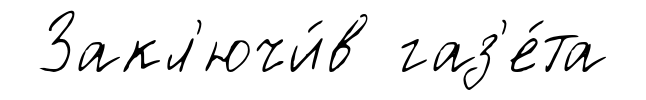
Закл'ючи́в газ'е́та